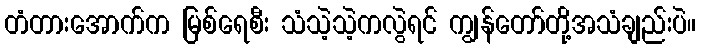
တံတားအောက်က မြစ်ရေစီး သံသဲ့သဲ့ကလွဲရင် ကျွန်တော်တို့အသံချည်းပဲ။